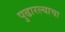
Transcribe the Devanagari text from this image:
पुढारल्याचा